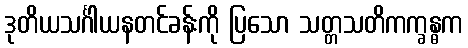
ဒုတိယသင်္ဂါယနတင်ခန်းကို ပြသော သတ္တသတိကက္ခန္ဓက